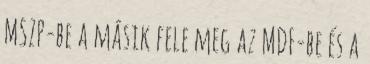
MSZP-be a másik fele meg az MDF-be és a